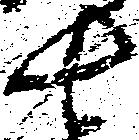
七